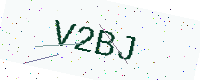
Text: V2BJ